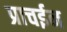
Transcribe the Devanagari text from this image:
प्राचईन